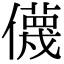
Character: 㒝